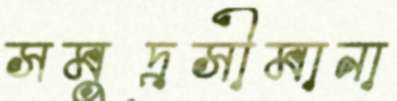
সমুদ্রসীমানা